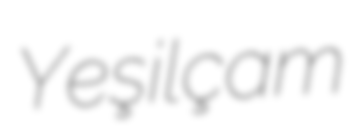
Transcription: Yeşilçam